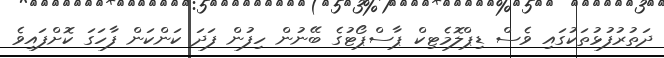
ދަތުރުފުޅުތަކުގައި ވެސް ޑިޕްލޮމެޓިކް ޕާސްޕޯޓުގެ ބޭނުން ހިފުން ފަދަ ކަންކަން ފާހަގަ ކޮށްފައިވެ